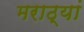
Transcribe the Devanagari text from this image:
मराठ्यां